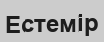
Естемір